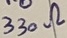
Text: 330Ω